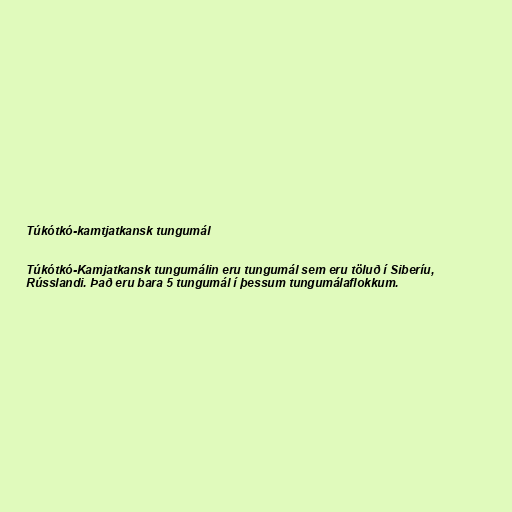
Túkótkó-kamtjatkansk tungumál

Túkótkó-Kamjatkansk tungumálin eru tungumál sem eru töluð í Siberíu,
Rússlandi. Það eru bara 5 tungumál í þessum tungumálaflokkum.